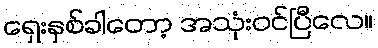
ရှေးနှစ်ခါတော့ အသုံးဝင်ပြီလေ။